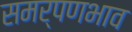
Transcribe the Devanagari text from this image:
समर्पणभाव